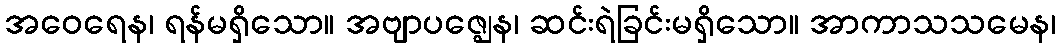
အဝေရေန၊ ရန်မရှိသော။ အဗျာပဇ္ဈေန၊ ဆင်းရဲခြင်းမရှိသော။ အာကာသသမေန၊